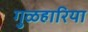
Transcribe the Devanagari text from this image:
गुळहारिया